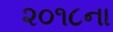
૨૦૧૮ના